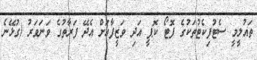
ތައުލީމީ ސެޓުފިކެޓުތަކުގެ ފޮޓޯ ކޮޕީ އަދި ވަޒީފާއަށް އެދޭ ފަރާތުގެ ވަނަވަރު (ގުޅޭނެ